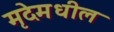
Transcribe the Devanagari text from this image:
मृदेमधील